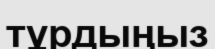
тұрдыңыз